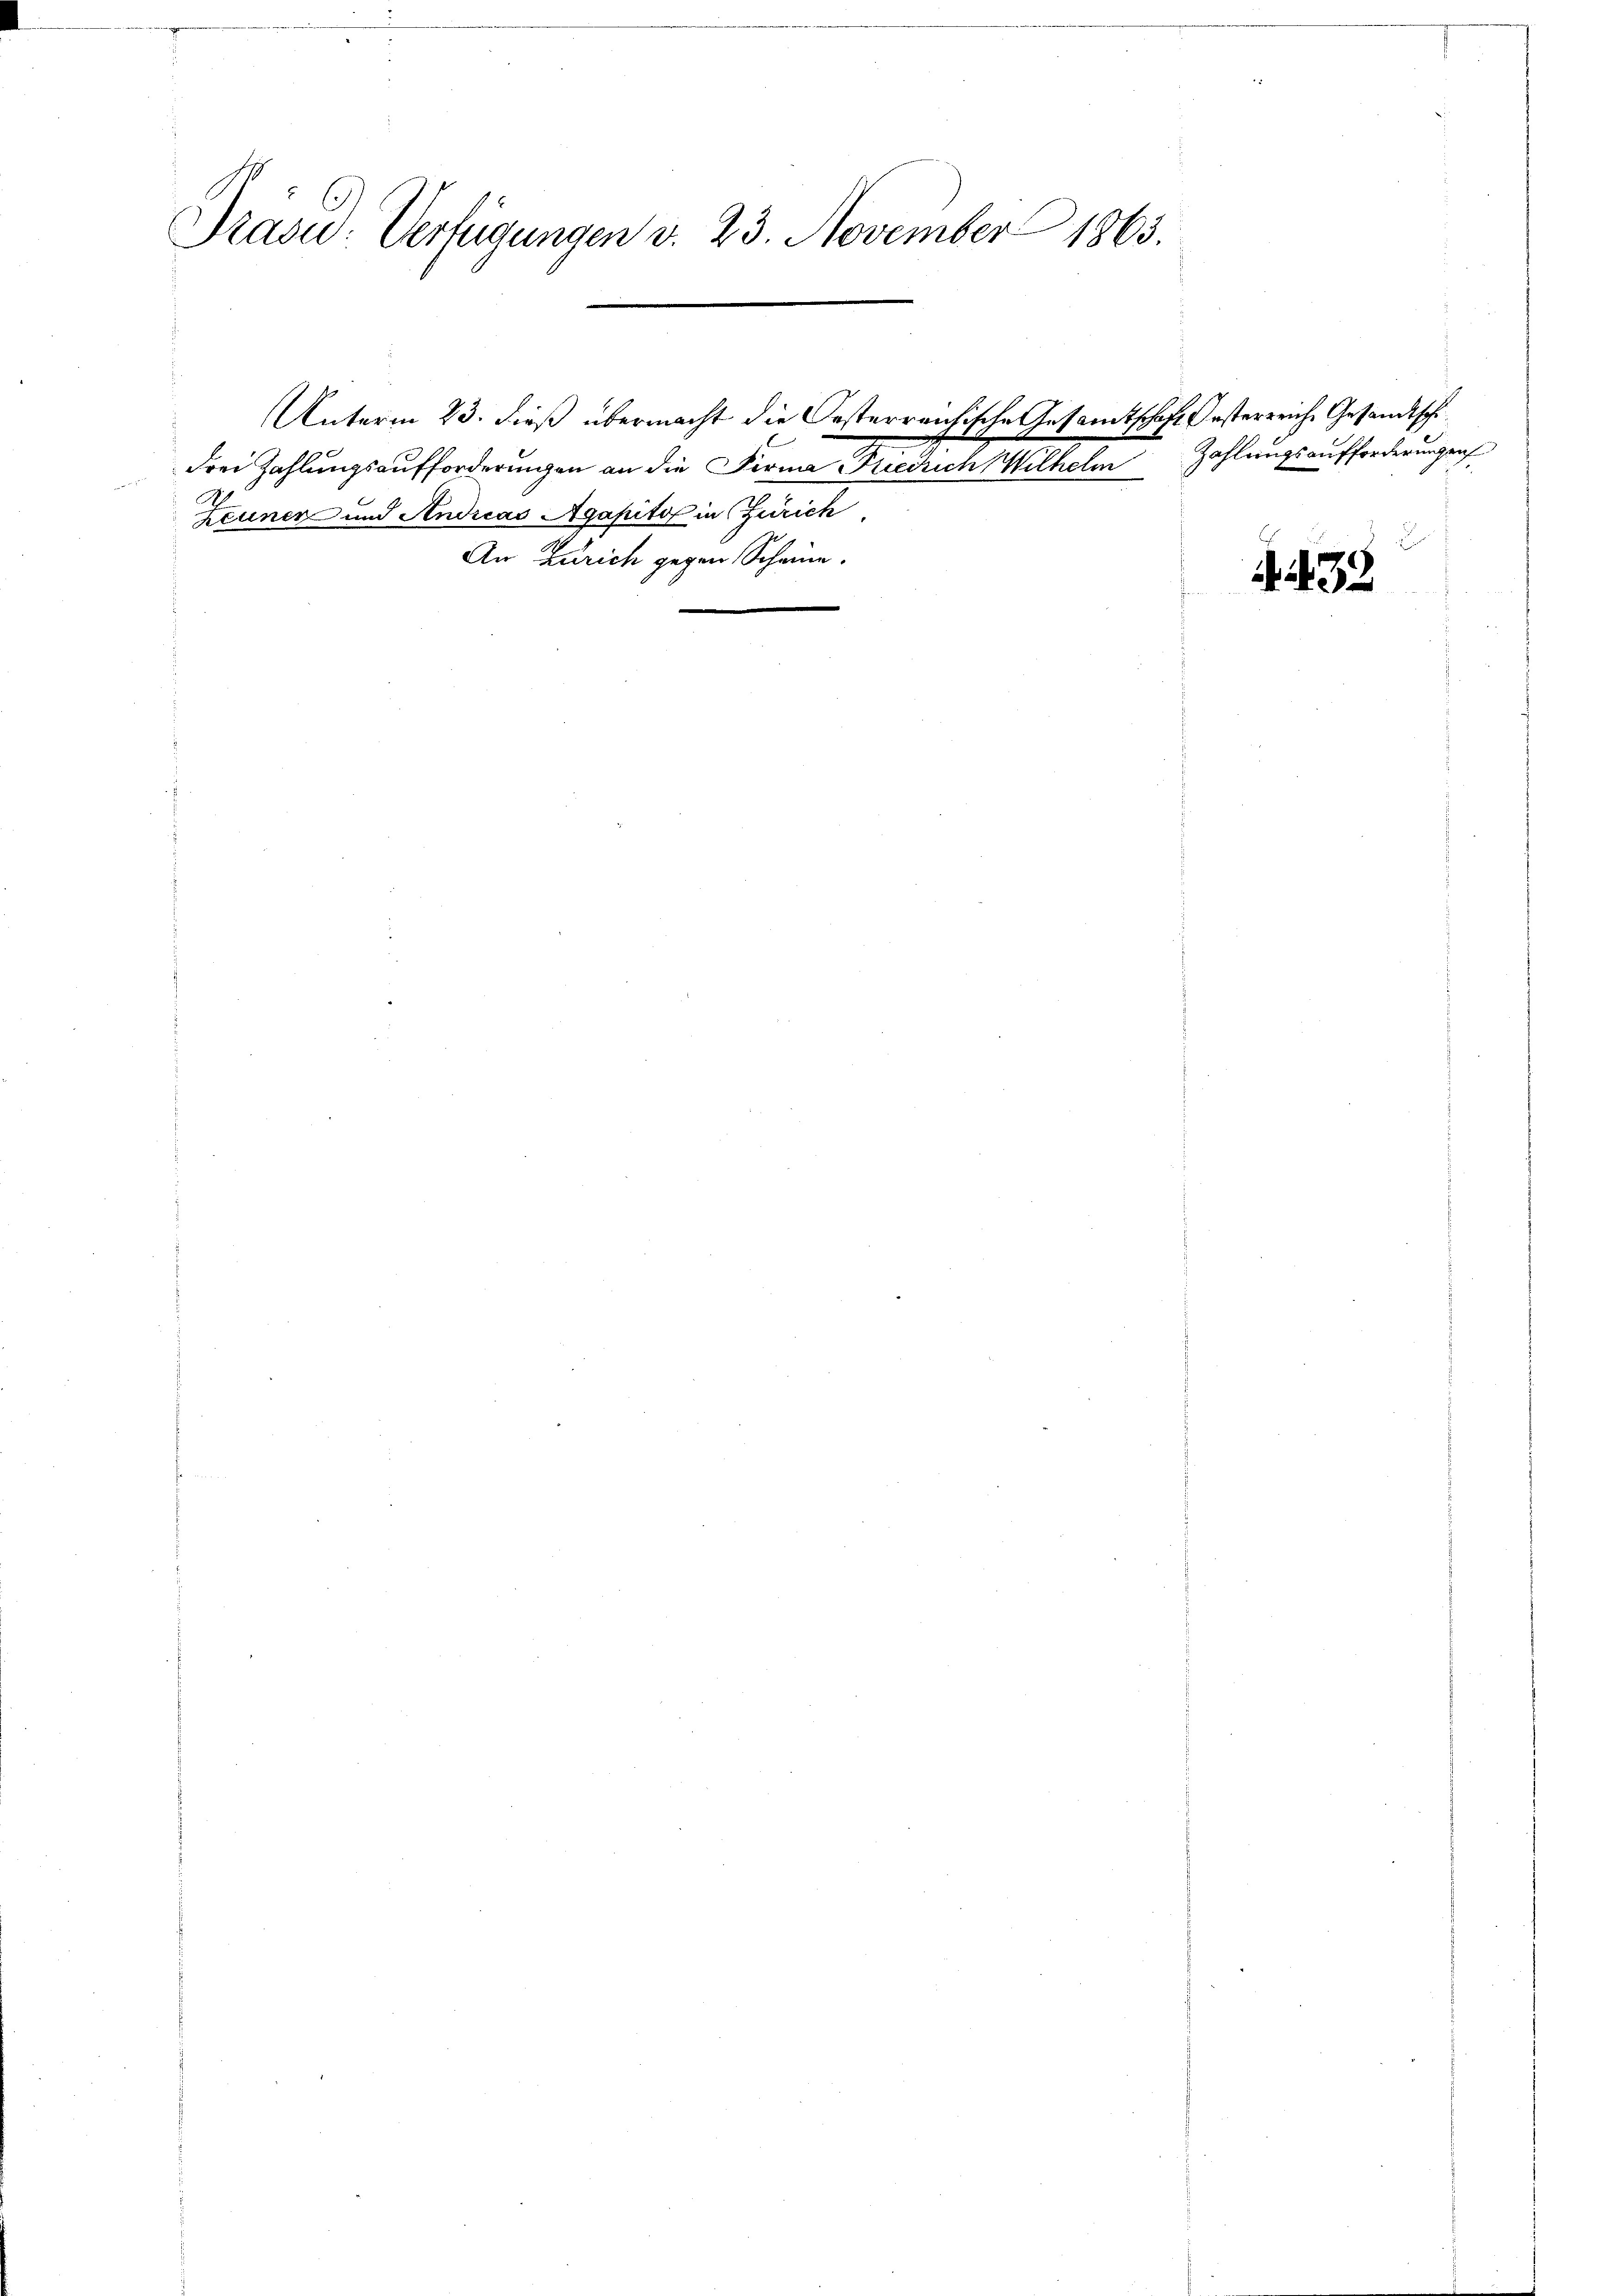
Präsid. Verfügungen v. 23. November 1863.

Frei Zahlungsaufforderungen an die Firma Friedrich Wilhelm
Zeuner und Andreas Agapital in Zürich
An Zürich gegen Scheine.

Unterm 23. dieß übermacht die Oesterreichische Gesamtschaft Oesterreiche Gesandtschi¬

Zahlungsaufforderungen

433